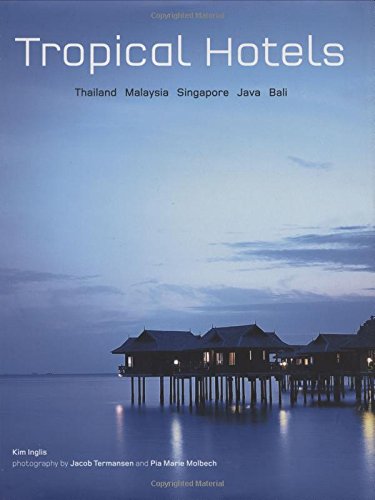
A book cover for Tropical Hotels: Thailand Malaysia Singapore Java Bali; Kim Inglis; Travel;